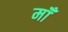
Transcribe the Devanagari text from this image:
मॉँ